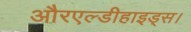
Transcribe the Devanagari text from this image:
औरएल्डीहाइड्स।